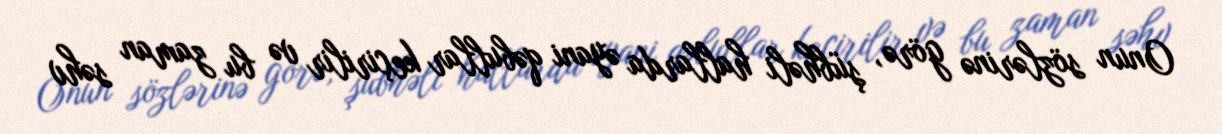
Onun sözlərinə görə, şübhəli hallarda əyani qəbullar keçirilir və bu zaman səhv